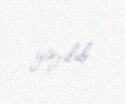
yayılıb.